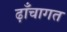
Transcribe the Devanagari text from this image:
ढ़ाँचागत